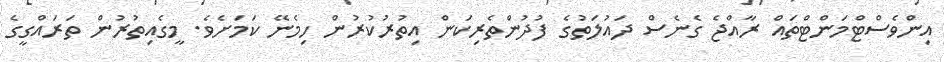
އިންވެސްޓްމަންޓްތައް ރާއްޖެ ގެނެސް ދައުލަތުގެ ފުދުންތެރިކަން އިތުރުކުރުން ހިމެނޭ ކަމަށެވެ. މީގެއިތުރުން ތަރައްގީގެ